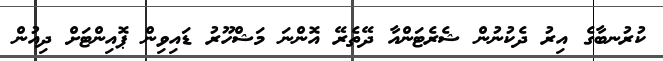
ކުރުނބާގެ އިރު ދެކުނުން ޝެރެޓަންއާ ދޭތެރޭ އޮންނަ މަޝްހޫރު ޑައިވިން ޕޮއިންޓަށް ދިއުން